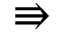
\Rrightarrow